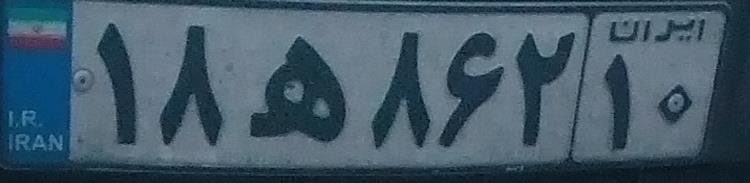
۱۸ه۸۶۲‍۱۰